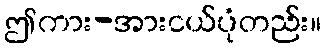
ဤကား-အားငယ်ပုံတည်း။